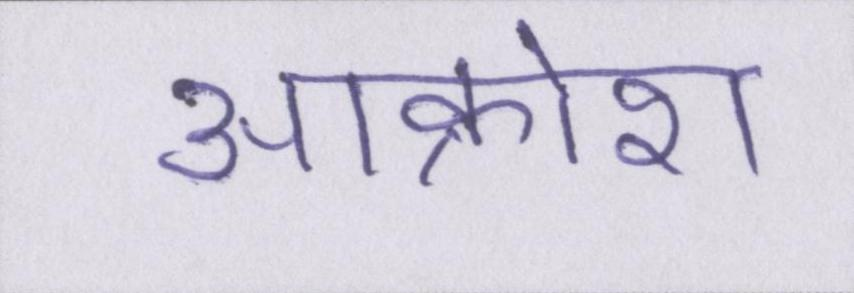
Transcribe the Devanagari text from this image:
आक्रोश